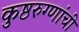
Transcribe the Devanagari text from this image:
कुष्ठरुग्णांची